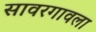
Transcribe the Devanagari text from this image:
सावरगावला